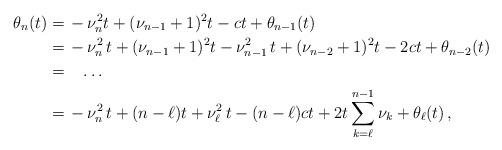
LaTeX: \begin{align*} \theta_n(t) =&\,-\nu_n^2t+(\nu_{n-1}+1)^2t-ct+\theta_{n-1}(t) \\ =&\,-\nu_n^2\,t+(\nu_{n-1}+1)^2t-\nu_{n-1}^2\,t+(\nu_{n-2}+1)^2t-2ct+\theta_{n-2}(t) \\ =&\quad\ldots \\ =&\, -\nu_n^2\,t +(n-\ell)t+\nu_{\ell}^2\,t-(n-\ell)ct+2t\sum_{k=\ell}^{n-1}\nu_{k}+\theta_{\ell}(t)\,,\end{align*}